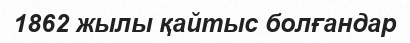
1862 жылы қайтыс болғандар